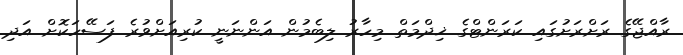
ރާއްޖޭގެ ރަށްރަށުގައި ކަރަންޓްގެ ޚިދްމަތް މިހާރު ލިބެމުން އަންނަނީ ކުރިއަށްވުރެ ފަސޭހަކޮށް އަދި